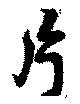
片